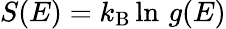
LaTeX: S(E)=k_{\mathrm{B}}\ln\, g(E)